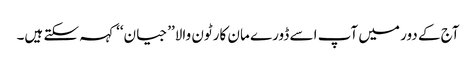
آج کے دور میں آپ اسے ڈورے مان کارٹون والا’’جیان‘‘ کہہ سکتے ہیں۔